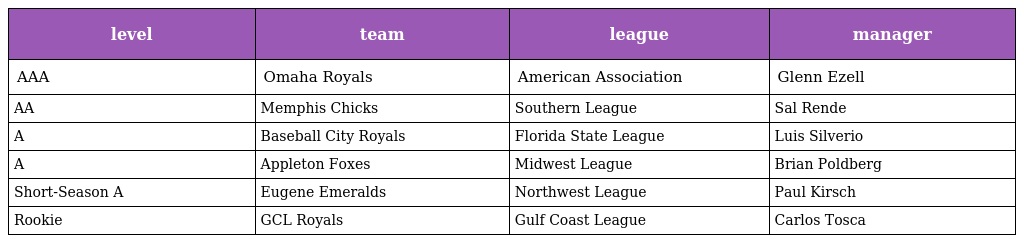
| level | team | league | manager |
 | --- | --- | --- | --- |
 | AAA | Omaha Royals | American Association | Glenn Ezell |
 | AA | Memphis Chicks | Southern League | Sal Rende |
 | A | Baseball City Royals | Florida State League | Luis Silverio |
 | A | Appleton Foxes | Midwest League | Brian Poldberg |
 | Short-Season A | Eugene Emeralds | Northwest League | Paul Kirsch |
 | Rookie | GCL Royals | Gulf Coast League | Carlos Tosca |